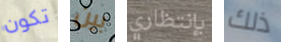
تكون بين بإنتظاري ذلك